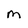
Character: m